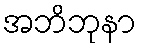
အဘိဘုနာ